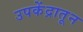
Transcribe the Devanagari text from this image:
उपकेंद्रातून